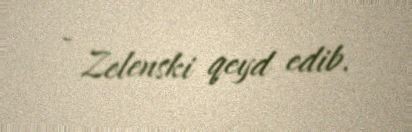
- Zelenski qeyd edib.